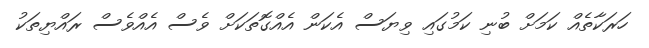
ހަރަކާތެއް ކަމަށް ބުނި ކަމުގައި ވިޔަސް އެކަން އެއްގޮތަކަށް ވެސް އެއްވެސް ރައްޔިތަކު